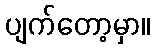
ပျက်တော့မှာ။